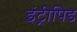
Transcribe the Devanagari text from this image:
इंट्रीपिड